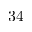
3 4